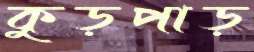
কুড়পাড়